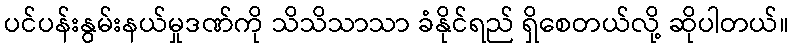
ပင်ပန်းနွမ်းနယ်မှုဒဏ်ကို သိသိသာသာ ခံနိုင်ရည် ရှိစေတယ်လို့ ဆိုပါတယ်။